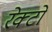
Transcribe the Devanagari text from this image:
रेक्टो